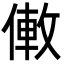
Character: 僌